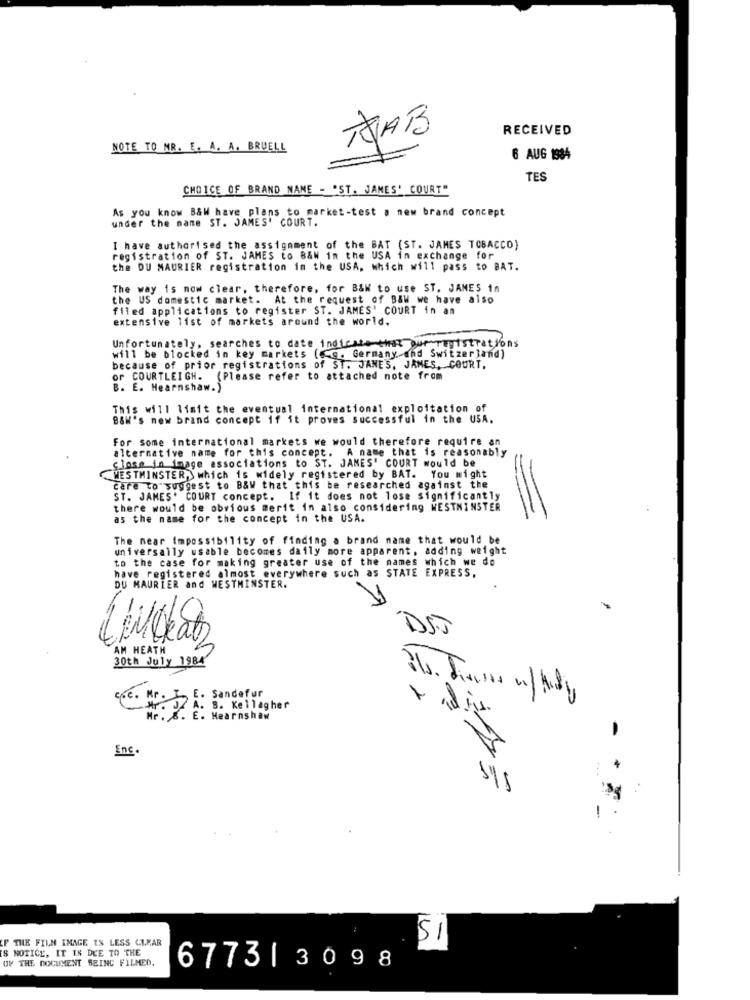
RECEIVED
HAB
NOTE TO MR. E. A. A. BRUELL
6 AUG 1984
TES
CHOICE OF BRAND NANE - "ST. JAMES' COURT"
As you know B&W have plans to market-test a new brand concept
under the name ST. JAMES' COURT.
I have authorised the assignment of the BAT (ST. JAMES TOBACCO)
registration of ST. JAMES to B&W in the USA in exchange for
the DU MAURIER registration in the USA, which will pass to BAT.
The way is now clear, therefore, for B&W to use ST. JAMES in
the US domestic market. At the request of BAW we have also
filed applications to register ST. JAMES' COURT in an
extensive list of markets around the world.
Unfortunately, searches to date indicate that our registrations
will be blocked in key markets (.g. Germany and Switzerland)
because of prior registrations of ST. JANES, JAMES, COURT,
or COURTLEIGH. (Please refer to attached note from
B. E. Hearnshaw.)
This will limit the eventual international exploitation of
B&H's new brand concept if it proves successful in the USA.
For Some international markets we would therefore require an
alternative name for this concept. A name that is reasonably
close in image associations to ST. JAMES' COURT would be
WESTMINSTER, which is widely registered by BAT. You might
care to suggest to B&W that this be researched against the
ST. JAMES' COURT concept. If it does not lose significantly
there would be obvious merit in also considering WESTMINSTER
as the name for the concept in the USA.
=
The near Impossibility of finding a brand name that would be
universally usable becomes daily more apparent, adding weight
to the case for making greater use of the names which we do
have registered almost everywhere such as STATE EXPRESS,
DU MAURIER and WESTMINSTER.
DSJ
AM HEATH
30th July 1984'
E. Sandefur
Mr. J. A. S. Kellagher
Mr. 8. E. Hearnshaw
-
Enc.
IF THE FILM IMAGE IS LESS CLEAR
51
IS NOTICE, IT IS DUE TO THE
OF THE DOCUMENT BEING FILMED.
6773| 3098